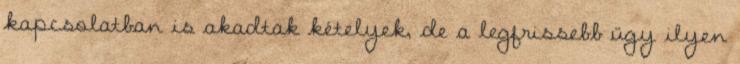
kapcsolatban is akadtak kételyek, de a legfrissebb ügy ilyen